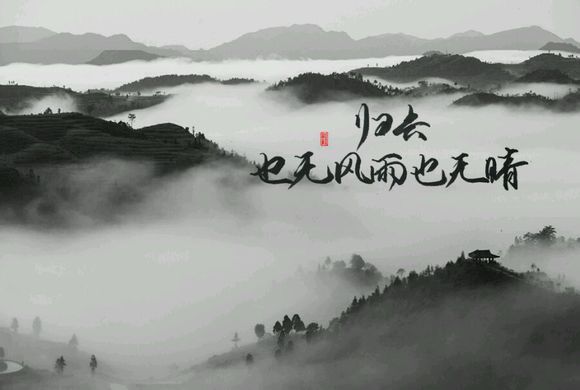
同来何事不同归。